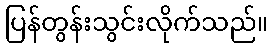
ပြန်တွန်းသွင်းလိုက်သည်။